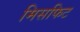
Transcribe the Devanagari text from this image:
मिसफिट